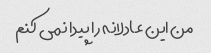
من این عادلانه را پیدا نمی کنم